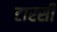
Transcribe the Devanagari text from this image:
टारसी